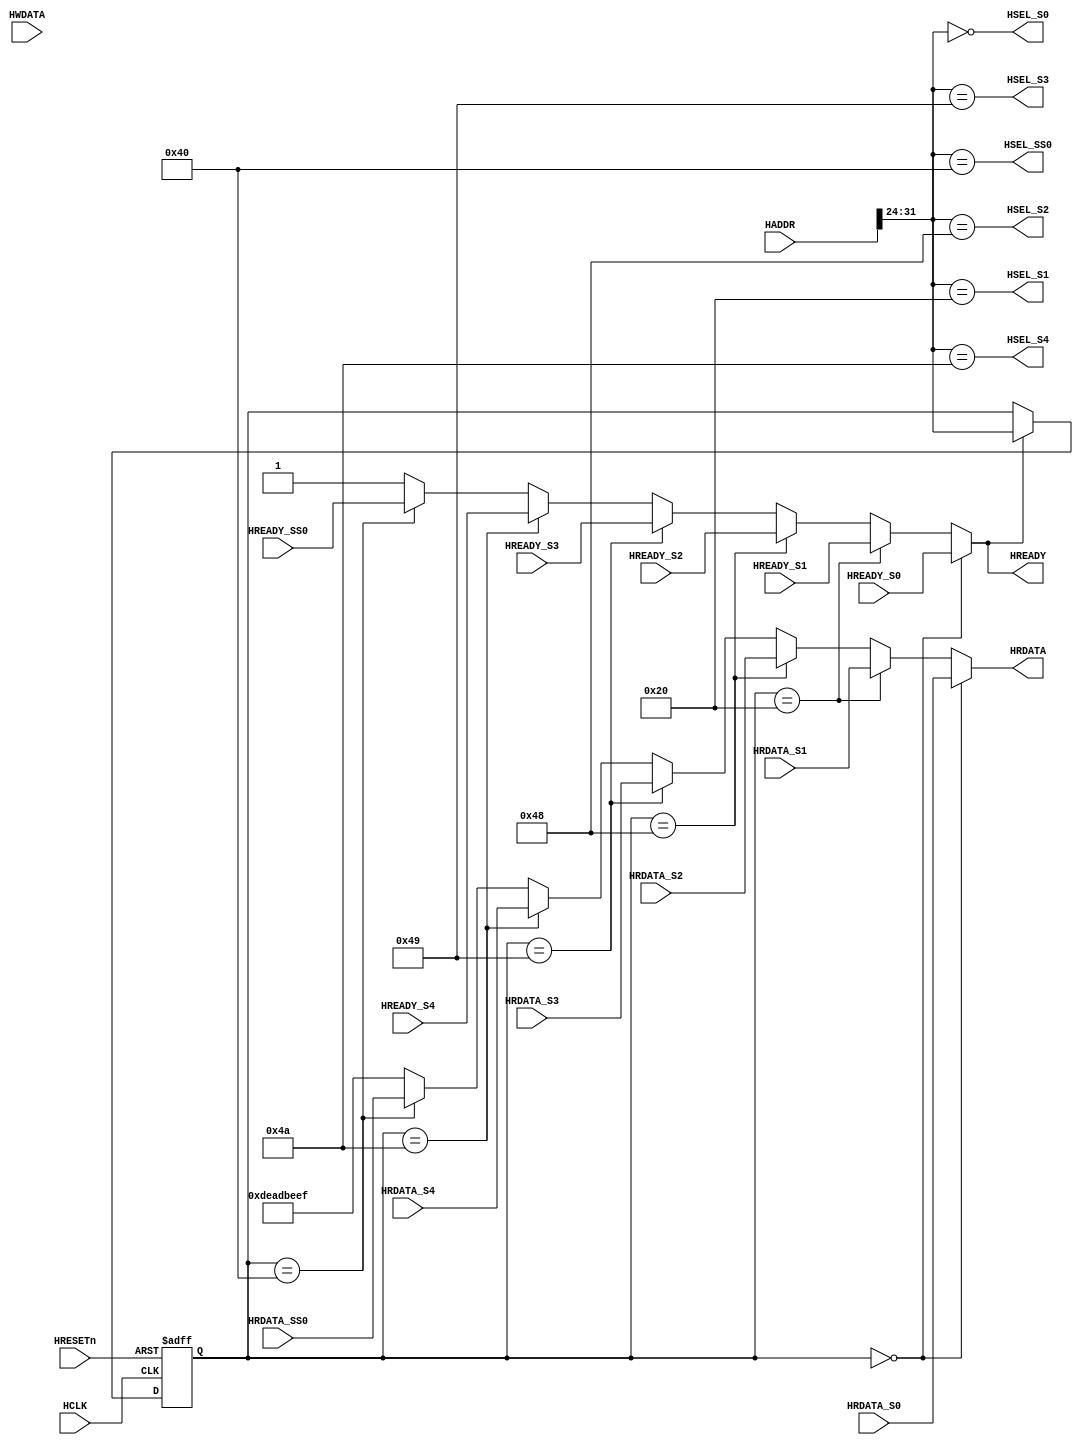
// SPDX-FileCopyrightText: 2020 Mohamed Shalan
//
// Licensed under the Apache License, Version 2.0 (the "License");
// you may not use this file except in compliance with the License.
// You may obtain a copy of the License at
//
//      http://www.apache.org/licenses/LICENSE-2.0
//
// Unless required by applicable law or agreed to in writing, software
// distributed under the License is distributed on an "AS IS" BASIS,
// WITHOUT WARRANTIES OR CONDITIONS OF ANY KIND, either express or implied.
// See the License for the specific language governing permissions and
// limitations under the License.
// SPDX-License-Identifier: Apache-2.0


`timescale 1ns/1ns
module AHBlite_BUS0(
    input wire HCLK,
    input wire HRESETn,
    
    // Master Interface
    input wire [31:0] HADDR,
    input wire [31:0] HWDATA, 
    output wire [31:0] HRDATA,
    output wire        HREADY,
    // Slave # 0
    output wire         HSEL_S0,
    input wire          HREADY_S0,
    input wire  [31:0]  HRDATA_S0,
    // Slave # 1
    output wire         HSEL_S1,
    input wire          HREADY_S1,
    input wire  [31:0]  HRDATA_S1,
    // Slave # 2
    output wire         HSEL_S2,
    input wire          HREADY_S2,
    input wire  [31:0]  HRDATA_S2,
    // Slave # 3
    output wire         HSEL_S3,
    input wire          HREADY_S3,
    input wire  [31:0]  HRDATA_S3,

    // Slave # 4
    output wire         HSEL_S4,
    input wire          HREADY_S4,
    input wire  [31:0]  HRDATA_S4,


    // SubSystem # 0
    output wire         HSEL_SS0,
    input wire          HREADY_SS0,
    input wire  [31:0]  HRDATA_SS0
);
    wire [7:0]  PAGE = HADDR[31:24];
    reg [7:0] APAGE;

    always@ (posedge HCLK or negedge HRESETn) begin
    if(!HRESETn)
        APAGE <= 8'h0;
    else if(HREADY)
        APAGE <= PAGE;
    end

    assign HSEL_S0 = (PAGE == 8'h00);
    assign HSEL_S1 = (PAGE == 8'h20);
    assign HSEL_S2 = (PAGE == 8'h48);
    assign HSEL_S3 = (PAGE == 8'h49);
    assign HSEL_S4 = (PAGE == 8'h4A);
    assign HSEL_SS0 = (PAGE == 8'h40);


    assign HREADY =
        (APAGE == 8'h00) ? HREADY_S0 :
        (APAGE == 8'h20) ? HREADY_S1 :
        (APAGE == 8'h48) ? HREADY_S2 :
        (APAGE == 8'h49) ? HREADY_S3 :
        (APAGE == 8'h4A) ? HREADY_S4 :
        (APAGE == 8'h40) ? HREADY_SS0 :
        1'b1;


    assign HRDATA =
        (APAGE == 8'h00) ? HRDATA_S0 :
        (APAGE == 8'h20) ? HRDATA_S1 :
        (APAGE == 8'h48) ? HRDATA_S2 :
        (APAGE == 8'h49) ? HRDATA_S3 :
        (APAGE == 8'h4A) ? HRDATA_S4 :
        (APAGE == 8'h40) ? HRDATA_SS0 :
        32'hDEADBEEF;

endmodule